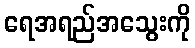
ရေအရည်အသွေးကို